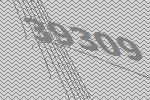
39309